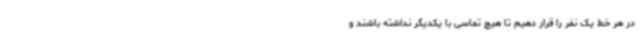
در هر خط یک نفر را قرار دهیم تا هیچ تماسی با یکدیگر نداشته باشند و